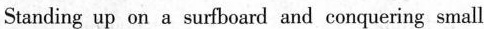
Standing up on a surfbourd and conquering small